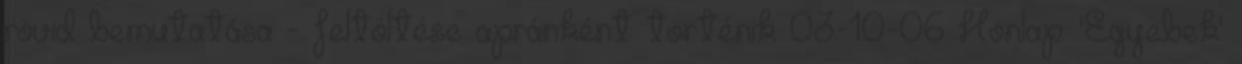
rövid bemutatása - feltöltése apránként történik 03-10-06 Honlap: 'Egyebek'